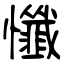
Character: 懺